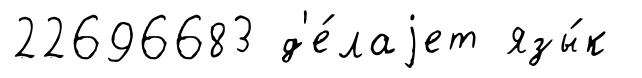
22696683 д'е́лаjет язы́к